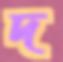
দ